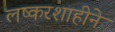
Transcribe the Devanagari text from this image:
लष्करशाहीने